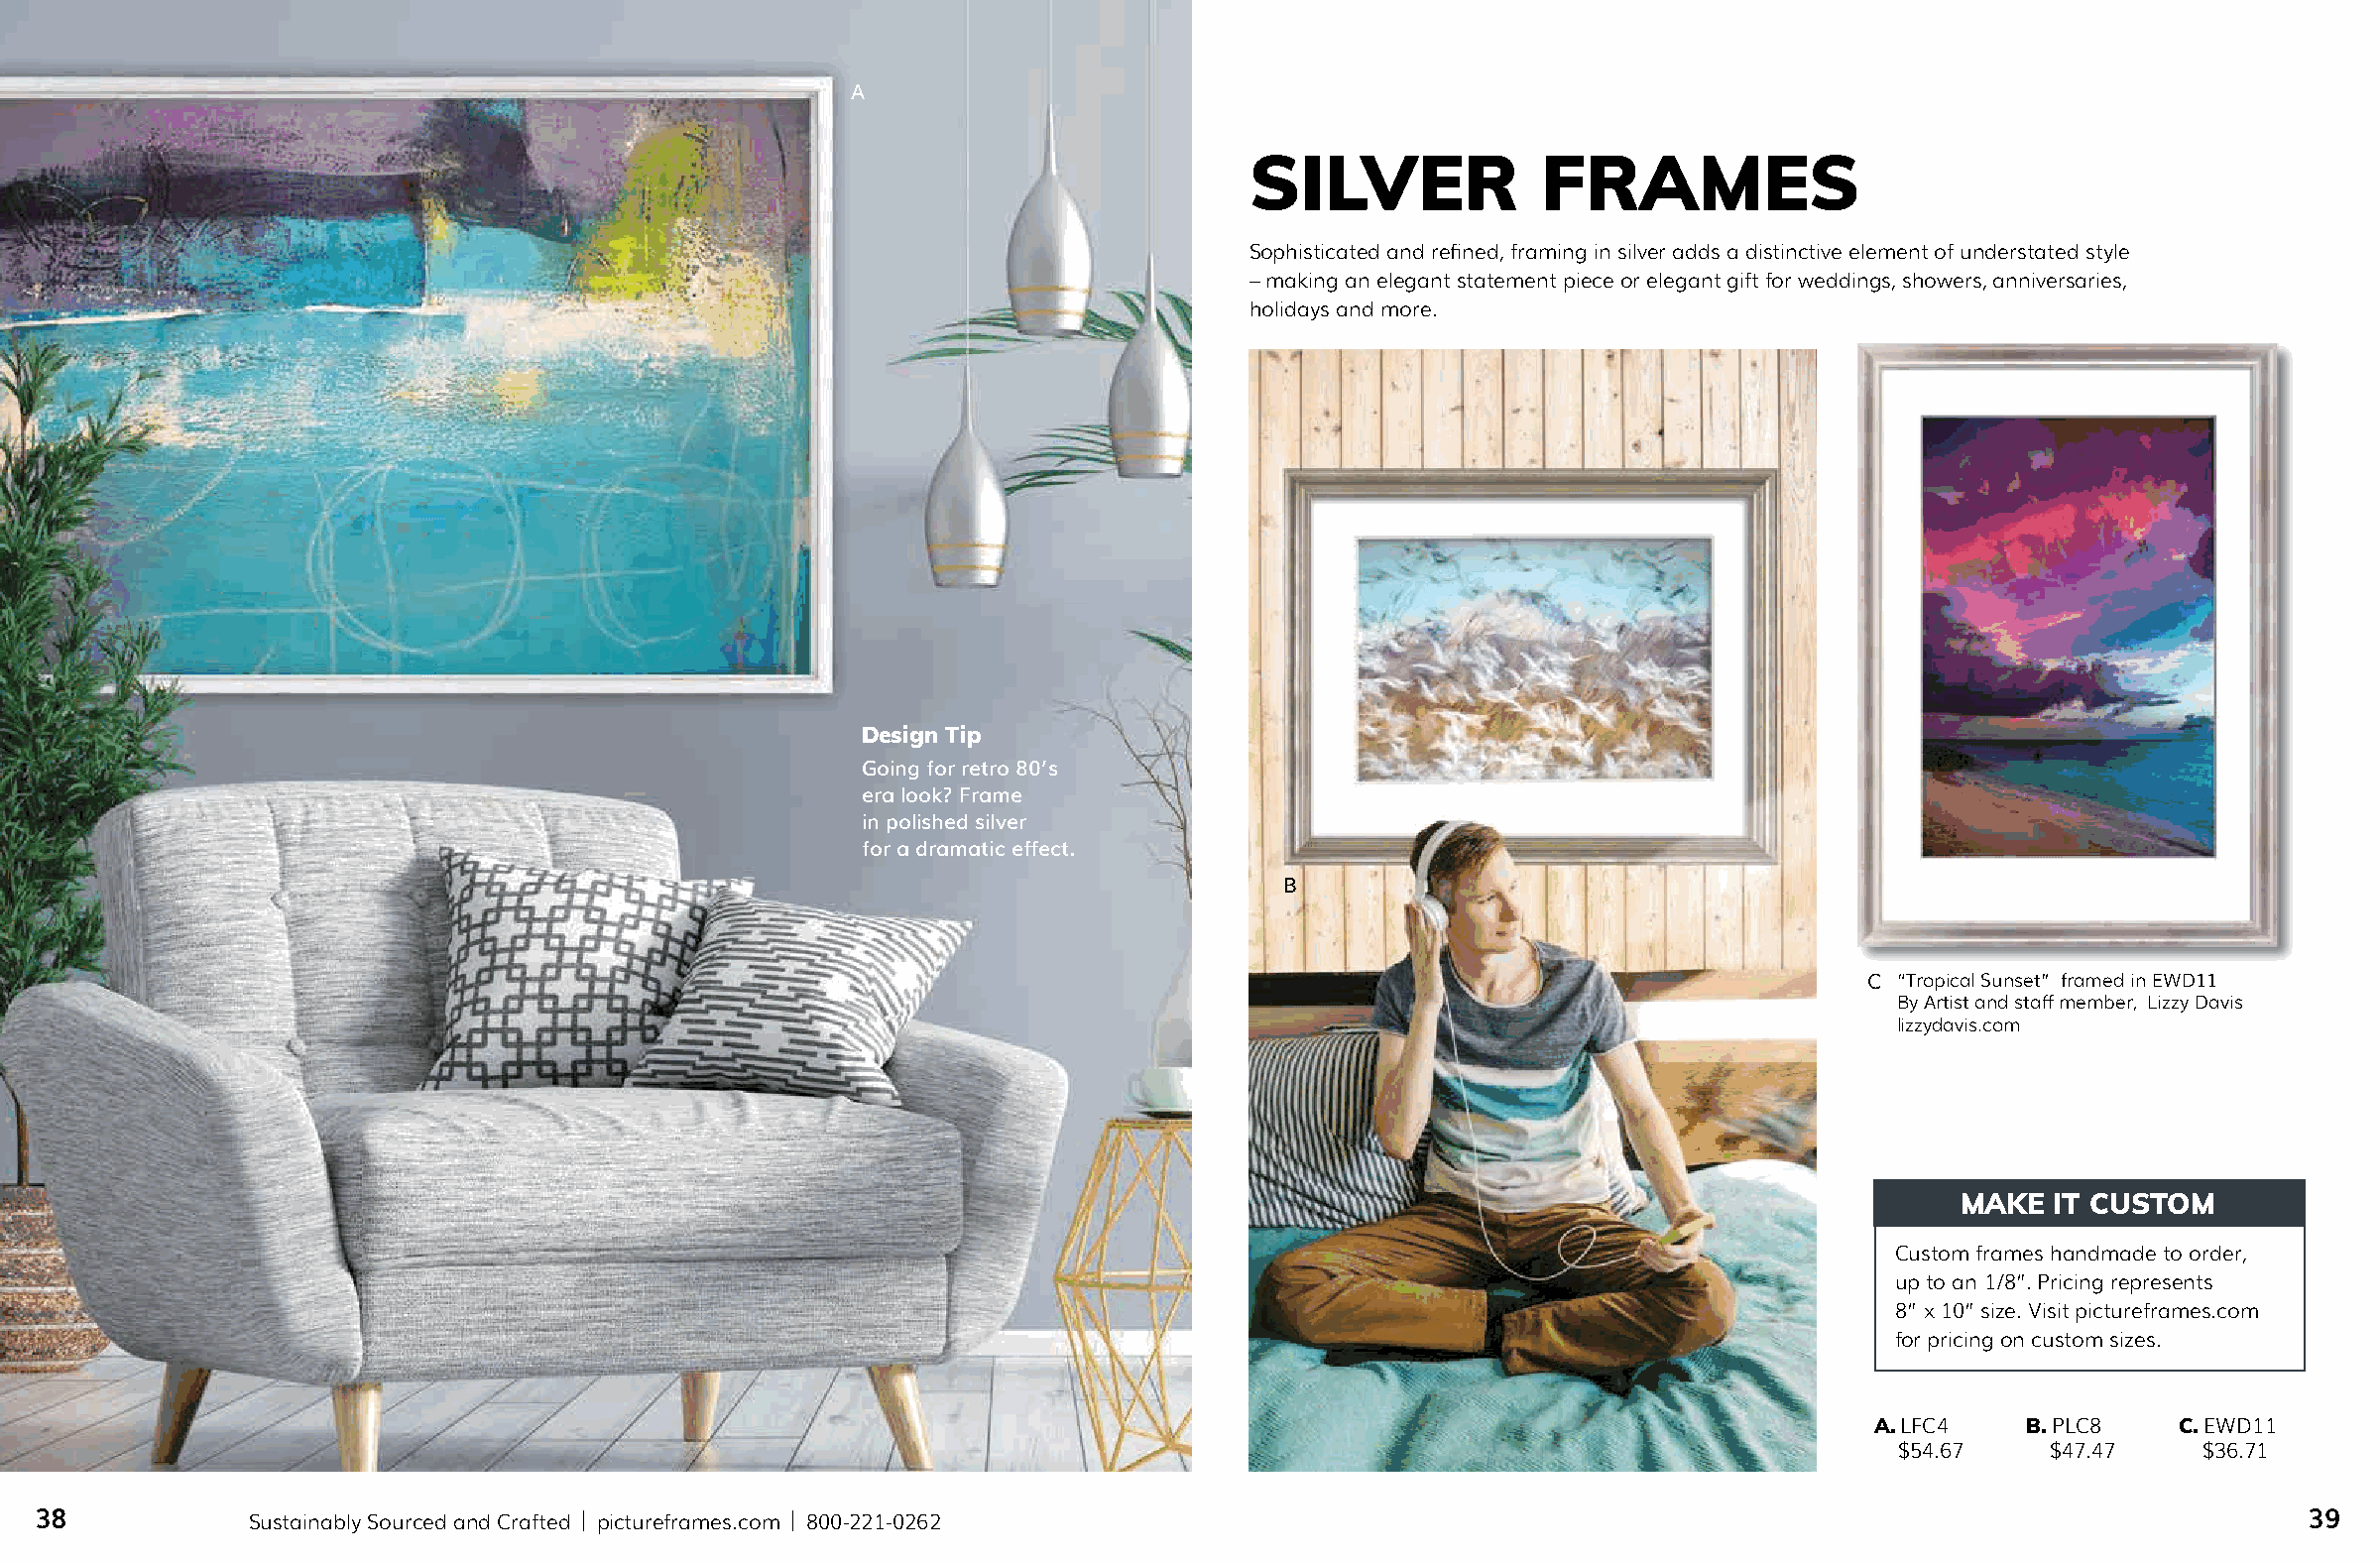
A
 SILVER              FRAMES
 Sophisticated and refined, framing in silver adds a distinctive element of understated style
 – making an elegant statement piece or elegant gift for weddings, showers, anniversaries,
 holidays and more.
 Design Tip
 Going for retro 80’s
 era look? Frame
 in polished silver
 for a dramatic effect.
 B
 C “Tropical Sunset” framed in EWD11
 By Artist and staff member, Lizzy Davis
 lizzydavis.com
 MAKE  IT CUSTOM
 Custom frames handmade to order,
 up to an 1/8”. Pricing represents
 8” x 10” size. Visit pictureframes.com
 for pricing on custom sizes.
 A. LFC4   B. PLC8   C. EWD11
 $54.67    $47.47    $36.71
 38             Sustainably Sourced and Crafted | pictureframes.com | 800-221-0262                                                                       39